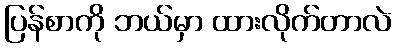
ပြန်စာကို ဘယ်မှာ ထားလိုက်တာလဲ